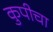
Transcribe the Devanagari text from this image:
कुपीचा